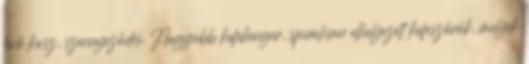
lévő kosz, szennyeződés. Nagyobb kefehenger, spirálisan elhelyezett kefeszőrök, melyek